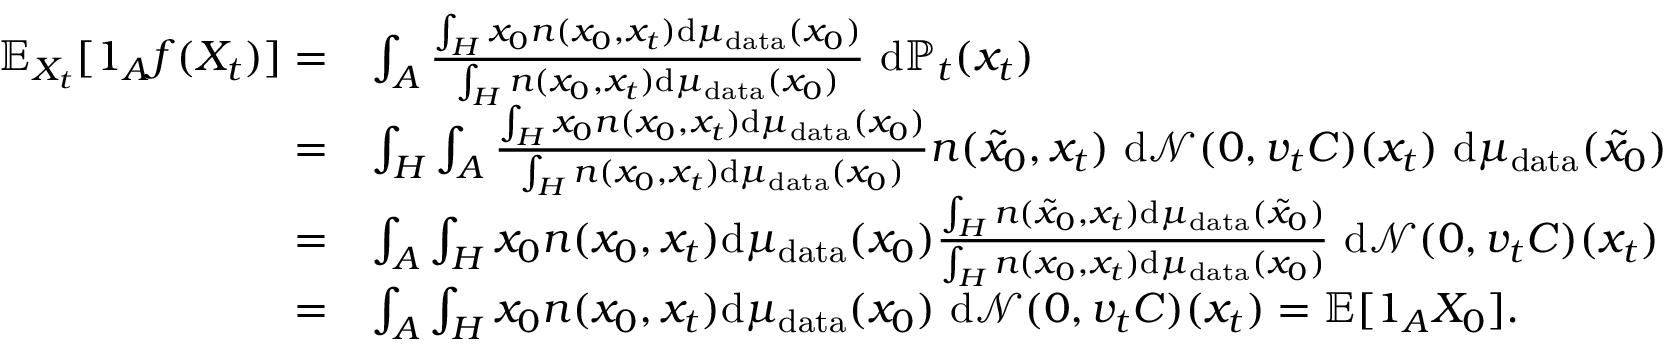
\begin{array} { r l } { \mathbb { E } _ { X _ { t } } [ 1 _ { A } f ( X _ { t } ) ] = } & { \int _ { A } \frac { \int _ { H } x _ { 0 } n ( x _ { 0 } , x _ { t } ) \mathrm { d } \mu _ { \mathrm { d a t a } } ( x _ { 0 } ) } { \int _ { H } n ( x _ { 0 } , x _ { t } ) \mathrm { d } \mu _ { \mathrm { d a t a } } ( x _ { 0 } ) } ~ \mathrm { d } \mathbb { P } _ { t } ( x _ { t } ) } \\ { = } & { \int _ { H } \int _ { A } \frac { \int _ { H } x _ { 0 } n ( x _ { 0 } , x _ { t } ) \mathrm { d } \mu _ { \mathrm { d a t a } } ( x _ { 0 } ) } { \int _ { H } n ( x _ { 0 } , x _ { t } ) \mathrm { d } \mu _ { \mathrm { d a t a } } ( x _ { 0 } ) } n ( \tilde { x } _ { 0 } , x _ { t } ) ~ \mathrm { d } \mathcal { N } ( 0 , v _ { t } C ) ( x _ { t } ) ~ \mathrm { d } \mu _ { \mathrm { d a t a } } ( \tilde { x } _ { 0 } ) } \\ { = } & { \int _ { A } \int _ { H } x _ { 0 } n ( x _ { 0 } , x _ { t } ) \mathrm { d } \mu _ { \mathrm { d a t a } } ( x _ { 0 } ) \frac { \int _ { H } n ( \tilde { x } _ { 0 } , x _ { t } ) \mathrm { d } \mu _ { \mathrm { d a t a } } ( \tilde { x } _ { 0 } ) } { \int _ { H } n ( x _ { 0 } , x _ { t } ) \mathrm { d } \mu _ { \mathrm { d a t a } } ( x _ { 0 } ) } ~ \mathrm { d } \mathcal { N } ( 0 , v _ { t } C ) ( x _ { t } ) } \\ { = } & { \int _ { A } \int _ { H } x _ { 0 } n ( x _ { 0 } , x _ { t } ) \mathrm { d } \mu _ { \mathrm { d a t a } } ( x _ { 0 } ) ~ \mathrm { d } \mathcal { N } ( 0 , v _ { t } C ) ( x _ { t } ) = \mathbb { E } [ 1 _ { A } X _ { 0 } ] . } \end{array}